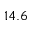
1 4 . 6